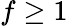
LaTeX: f\geq 1